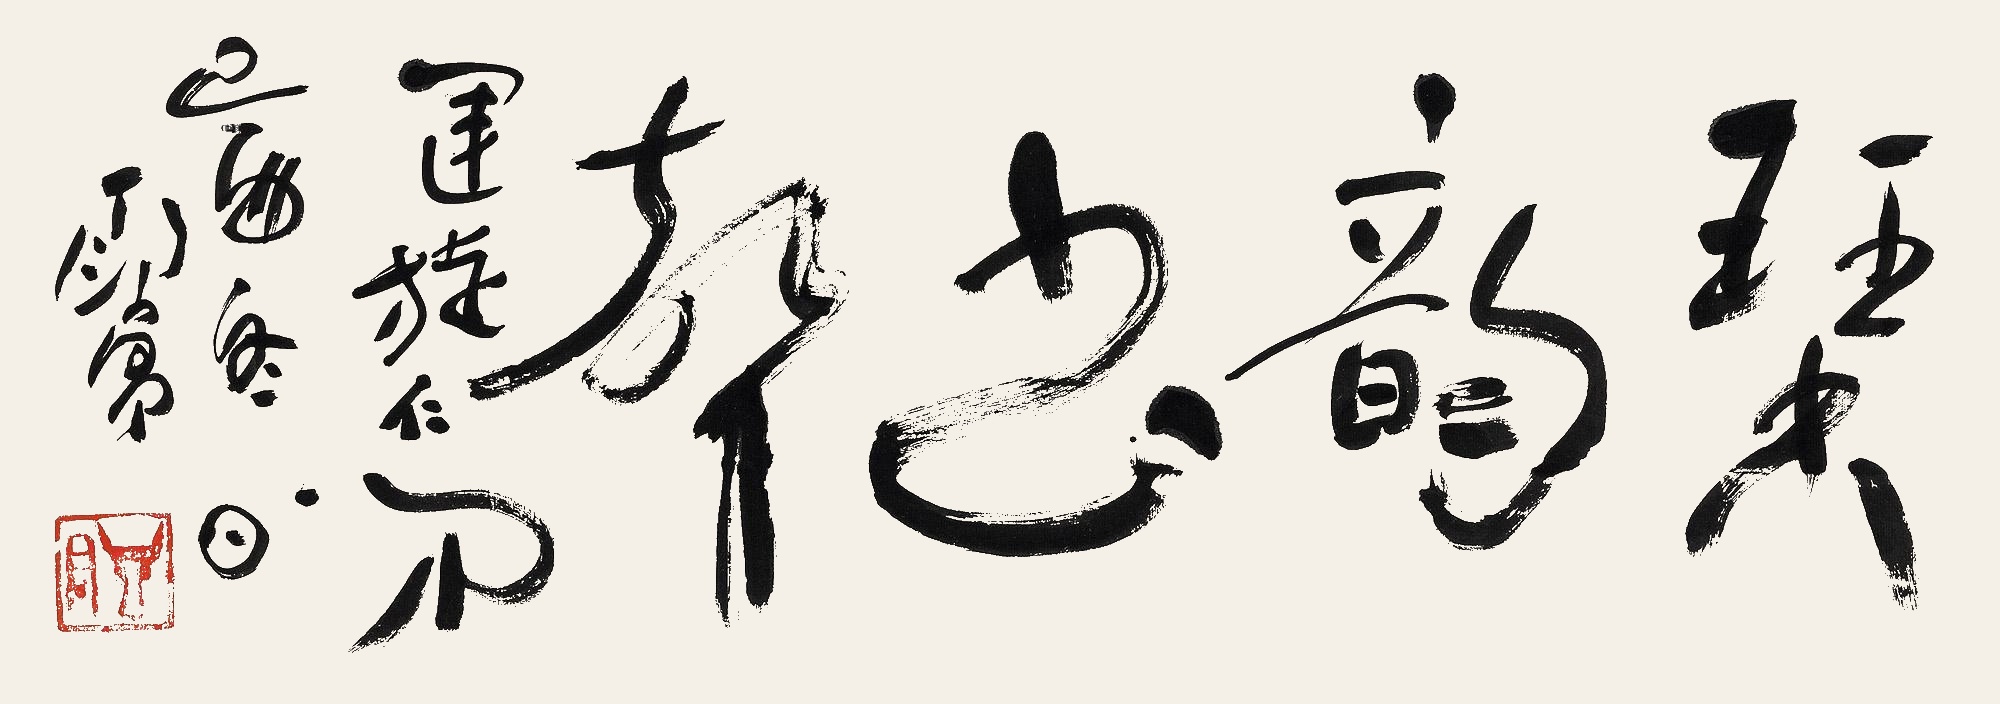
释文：琴韵书声运旋仁弟。己酉冬日，丁衍庸。